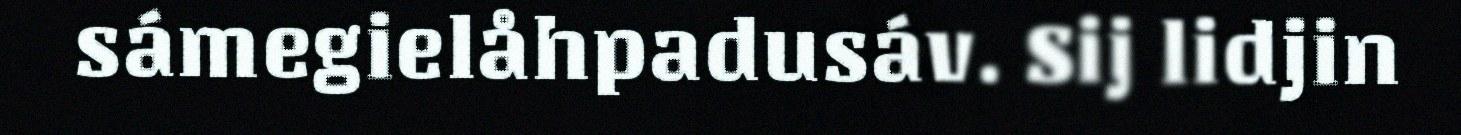
sámegielåhpadusáv. Sij lidjin